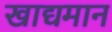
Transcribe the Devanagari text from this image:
खाद्यमान